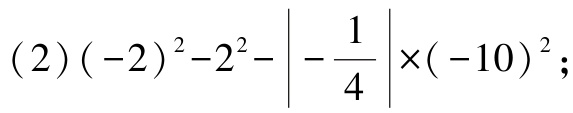
(2)\((-2)^{2}-2^{2}-\left|-\frac{1}{4}\right|\times(-10)^{2}\);